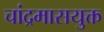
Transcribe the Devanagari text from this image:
चांद्रमासयुक्त